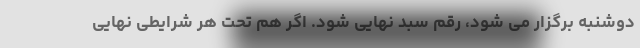
دوشنبه برگزار می شود، رقم سبد نهایی شود. اگر هم تحت هر شرایطی نهایی